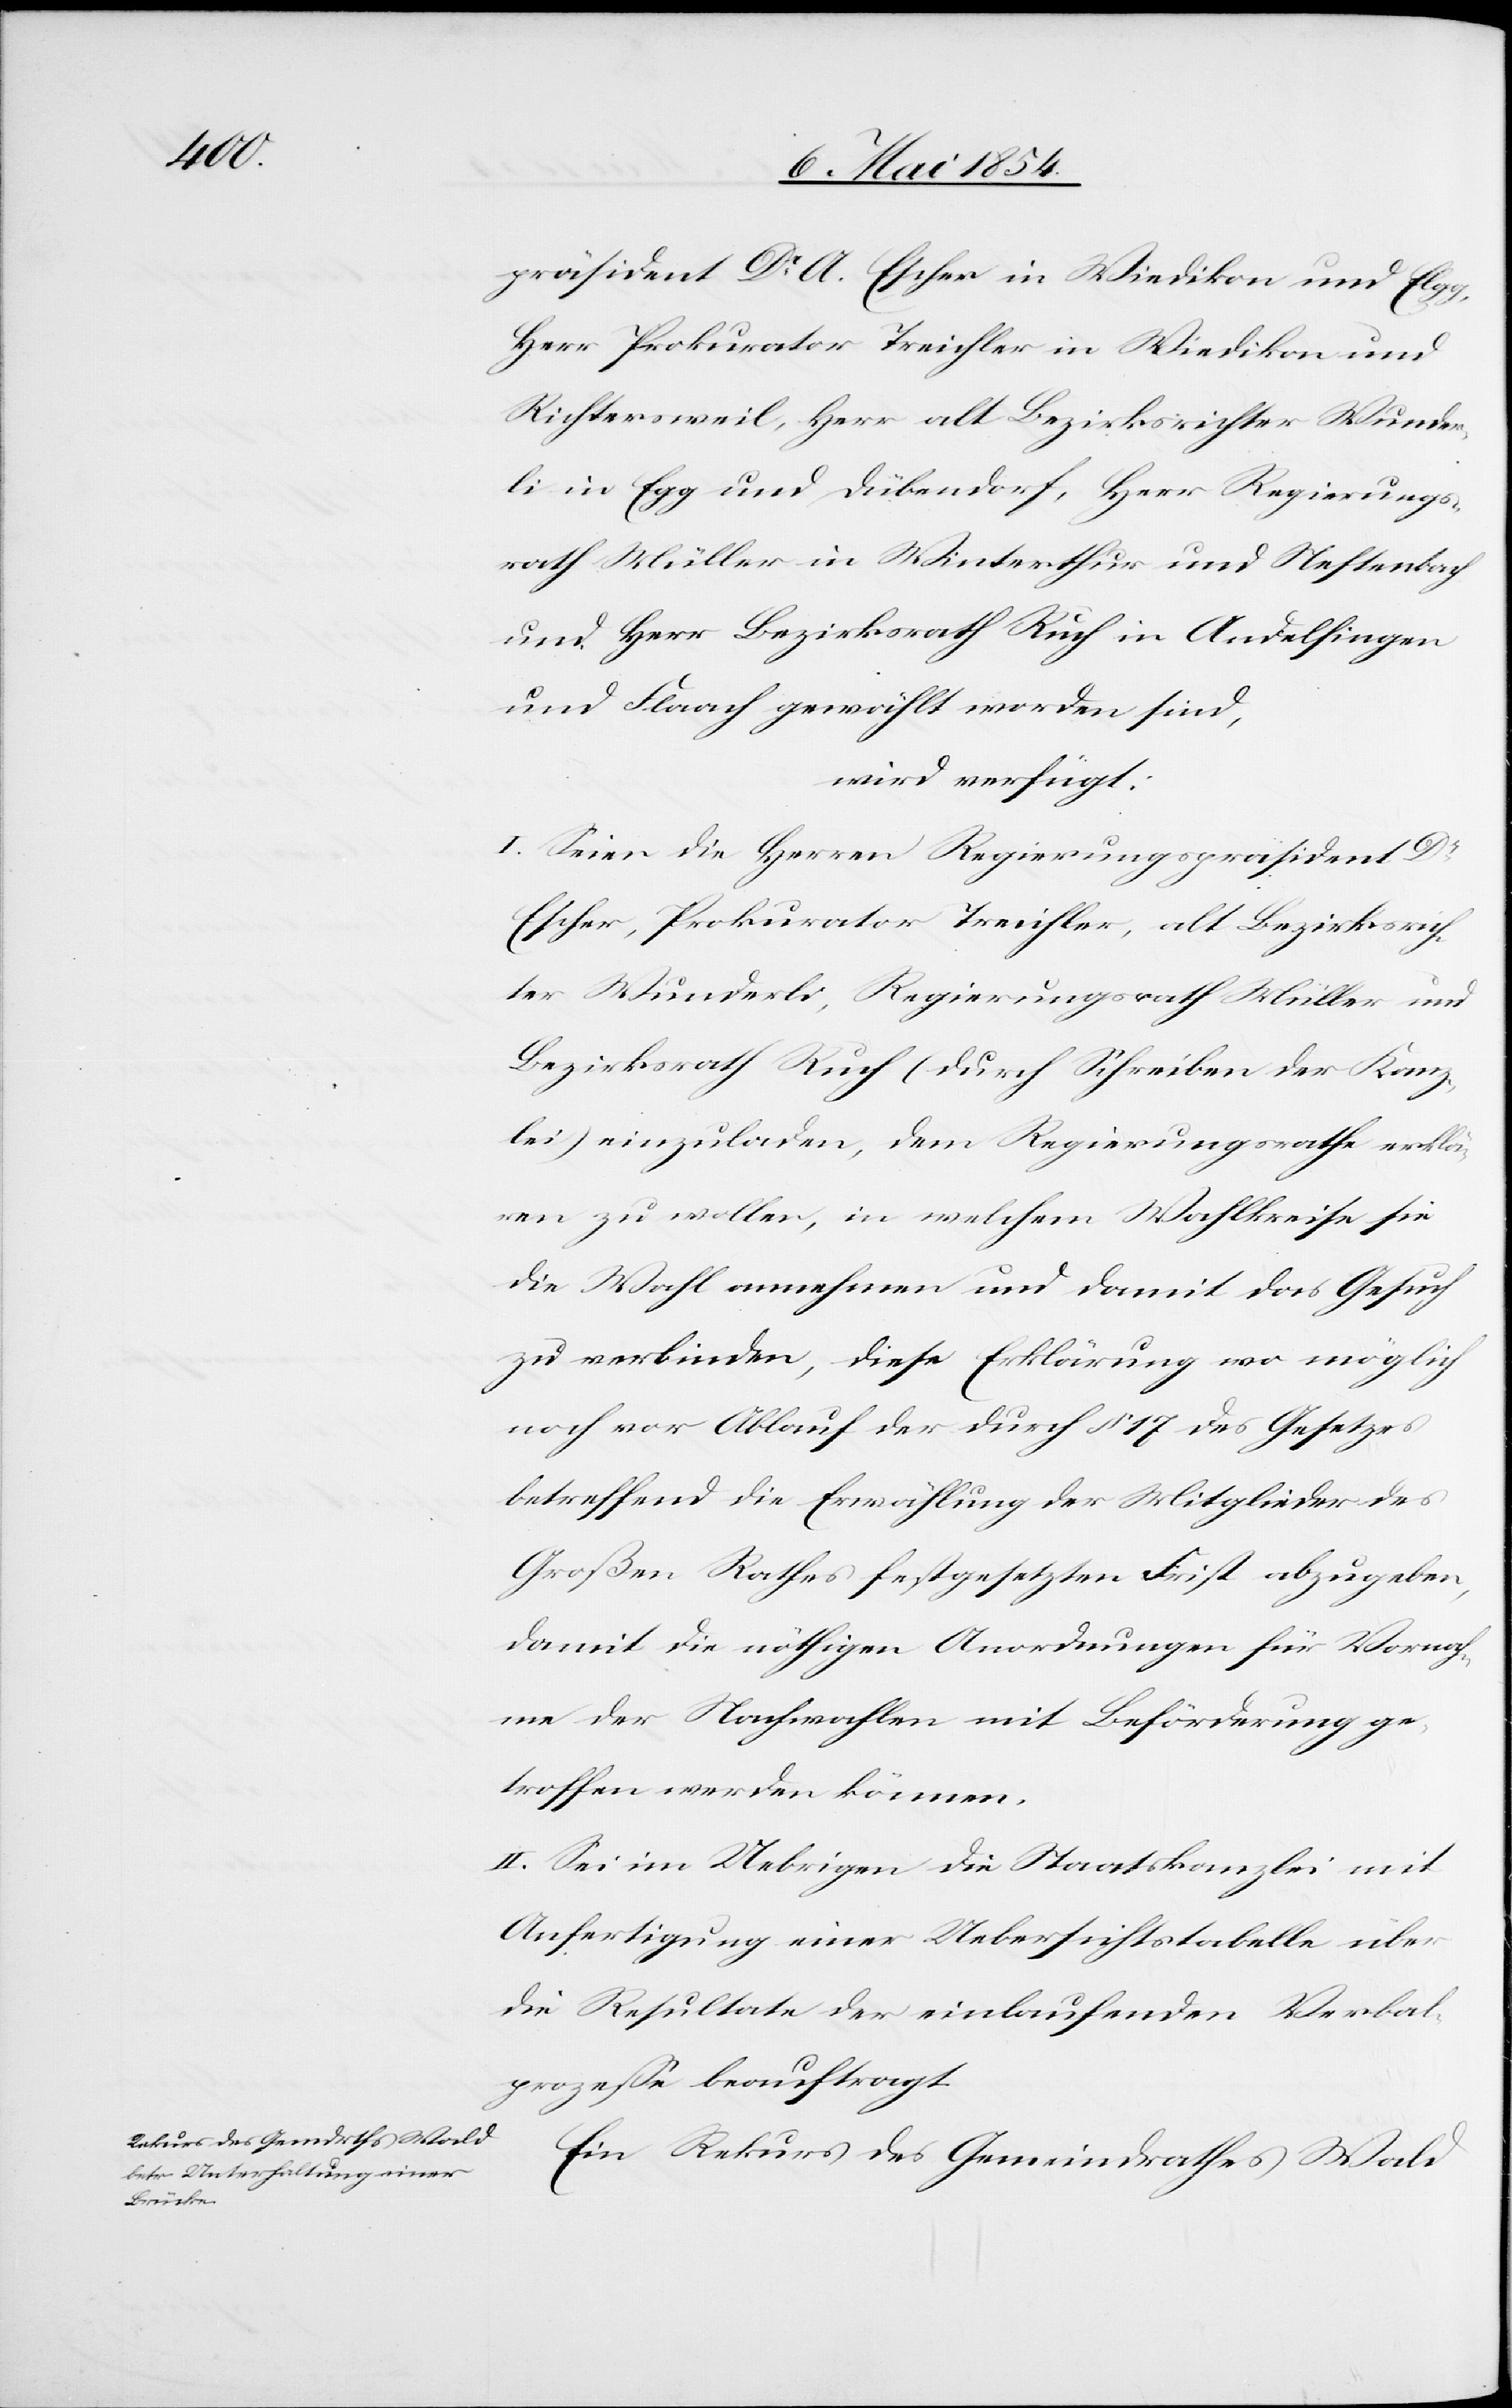
11. Mai 1854.]
präsident Dr A. Escher in Wiedikon und Elgg,
Herr Prokurator Treichler in Wiedikon und
Richtersweil, Herr alt Bezirksrichter Wunder¬
li in Elgg und Dübendorf, Herr Regierungs¬
rath Müller in Winterthur und Neftenbach
und Herr Bezirksrath Ruch in Andelfingen
und Flaach gewählt worden sind,
wird verfügt:
I. Seien die Herren Regierungspräsident Dr
Escher, Prokurator Treichler, alt Bezirksrich¬
ter Wunderli, Regierungsrath Müller und
Bezirksrath Ruch (durch Schreiben der Kanz¬
lei) einzuladen, dem Regierungsrathe erklä¬
ren zu wollen, in welchem Wahlkreise sie
die Wahl annehmen und damit das Gesuch
zu verbinden, diese Erklärung wo möglich
noch vor Ablauf der durch § 17 des Gesetzes
betreffend die Erwählung der Mitglieder des
Großen Rathes festgesetzten Frist abzugeben,
damit die nöthigen Anordnungen für Vornah¬
me der Nachwahlen mit Beförderung ge¬
troffen werden können.
II. Sei im Uebrigen die Staatskanzlei mit
Anfertigung einer Uebersichtstabelle über
die Resultate der einlaufenden Verbal¬
prozeße beauftragt.
Ein Rekurs des Gemeindrathes Wald